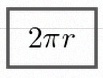
2\pi r